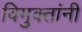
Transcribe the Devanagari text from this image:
विमुक्तांनी